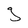
Character: g